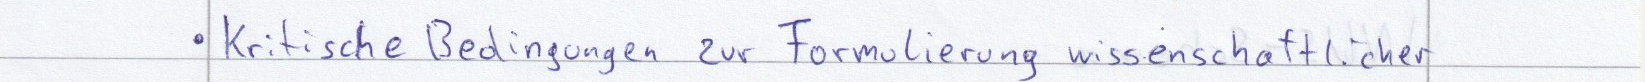
Kritische Bedingungen zur Formulierung wissenschaftlicher